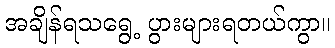
အချိန်ရသရွေ့ ပွားများရတယ်ကွာ။